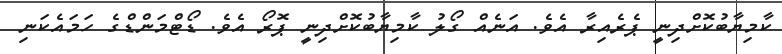
ކާމިޔާބުކޮށްދިނީ ޕެރެއިރާ އެވެ. އަނެއް ގޯލު ކާމިޔާބުކޮށްދިނީ ޕޮރޯ އެވެ. ޑޯޓްމަންޑްގެ ހަމައެކަނި